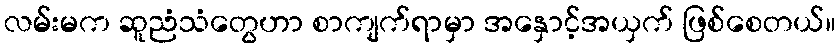
လမ်းမက ဆူညံသံတွေဟာ စာကျက်ရာမှာ အနှောင့်အယှက် ဖြစ်စေတယ်။